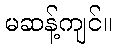
မဆန့်ကျင်။